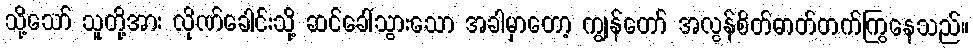
သို့သော် သူတို့အား လိုဏ်ခေါင်းသို့ ဆင်ခေါ်သွားသော အခါမှာတော့ ကျွန်တော် အလွန်စိတ်ဓာတ်တက်ကြွနေသည်။